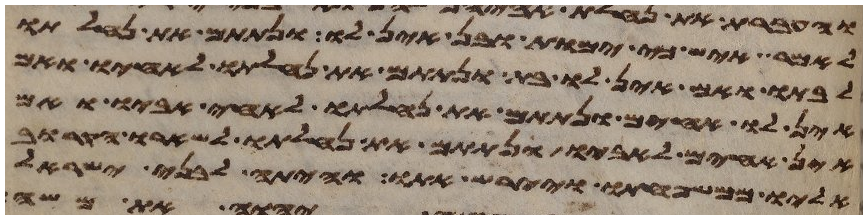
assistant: לאמר איש כי ימות ובן אין לו ונתתם את נחלתו
לבתו ואם אין לו בת ונתתם את נחלתו לאחיו ואם
אין לו אחים ונתתם את נחלתו לאחי אביו ואם
אין אחים לאביו ונתתם את נחלתו לשארו הקרוב
אליו ממשפחתו ויירש אתו והיתה לבני ישראל